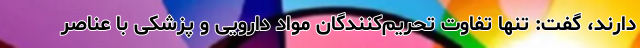
دارند، گفت: تنها تفاوت تحریم‌کنندگان مواد دارویی و پزشکی با عناصر